Rapla_vallavalitsus, lk 28
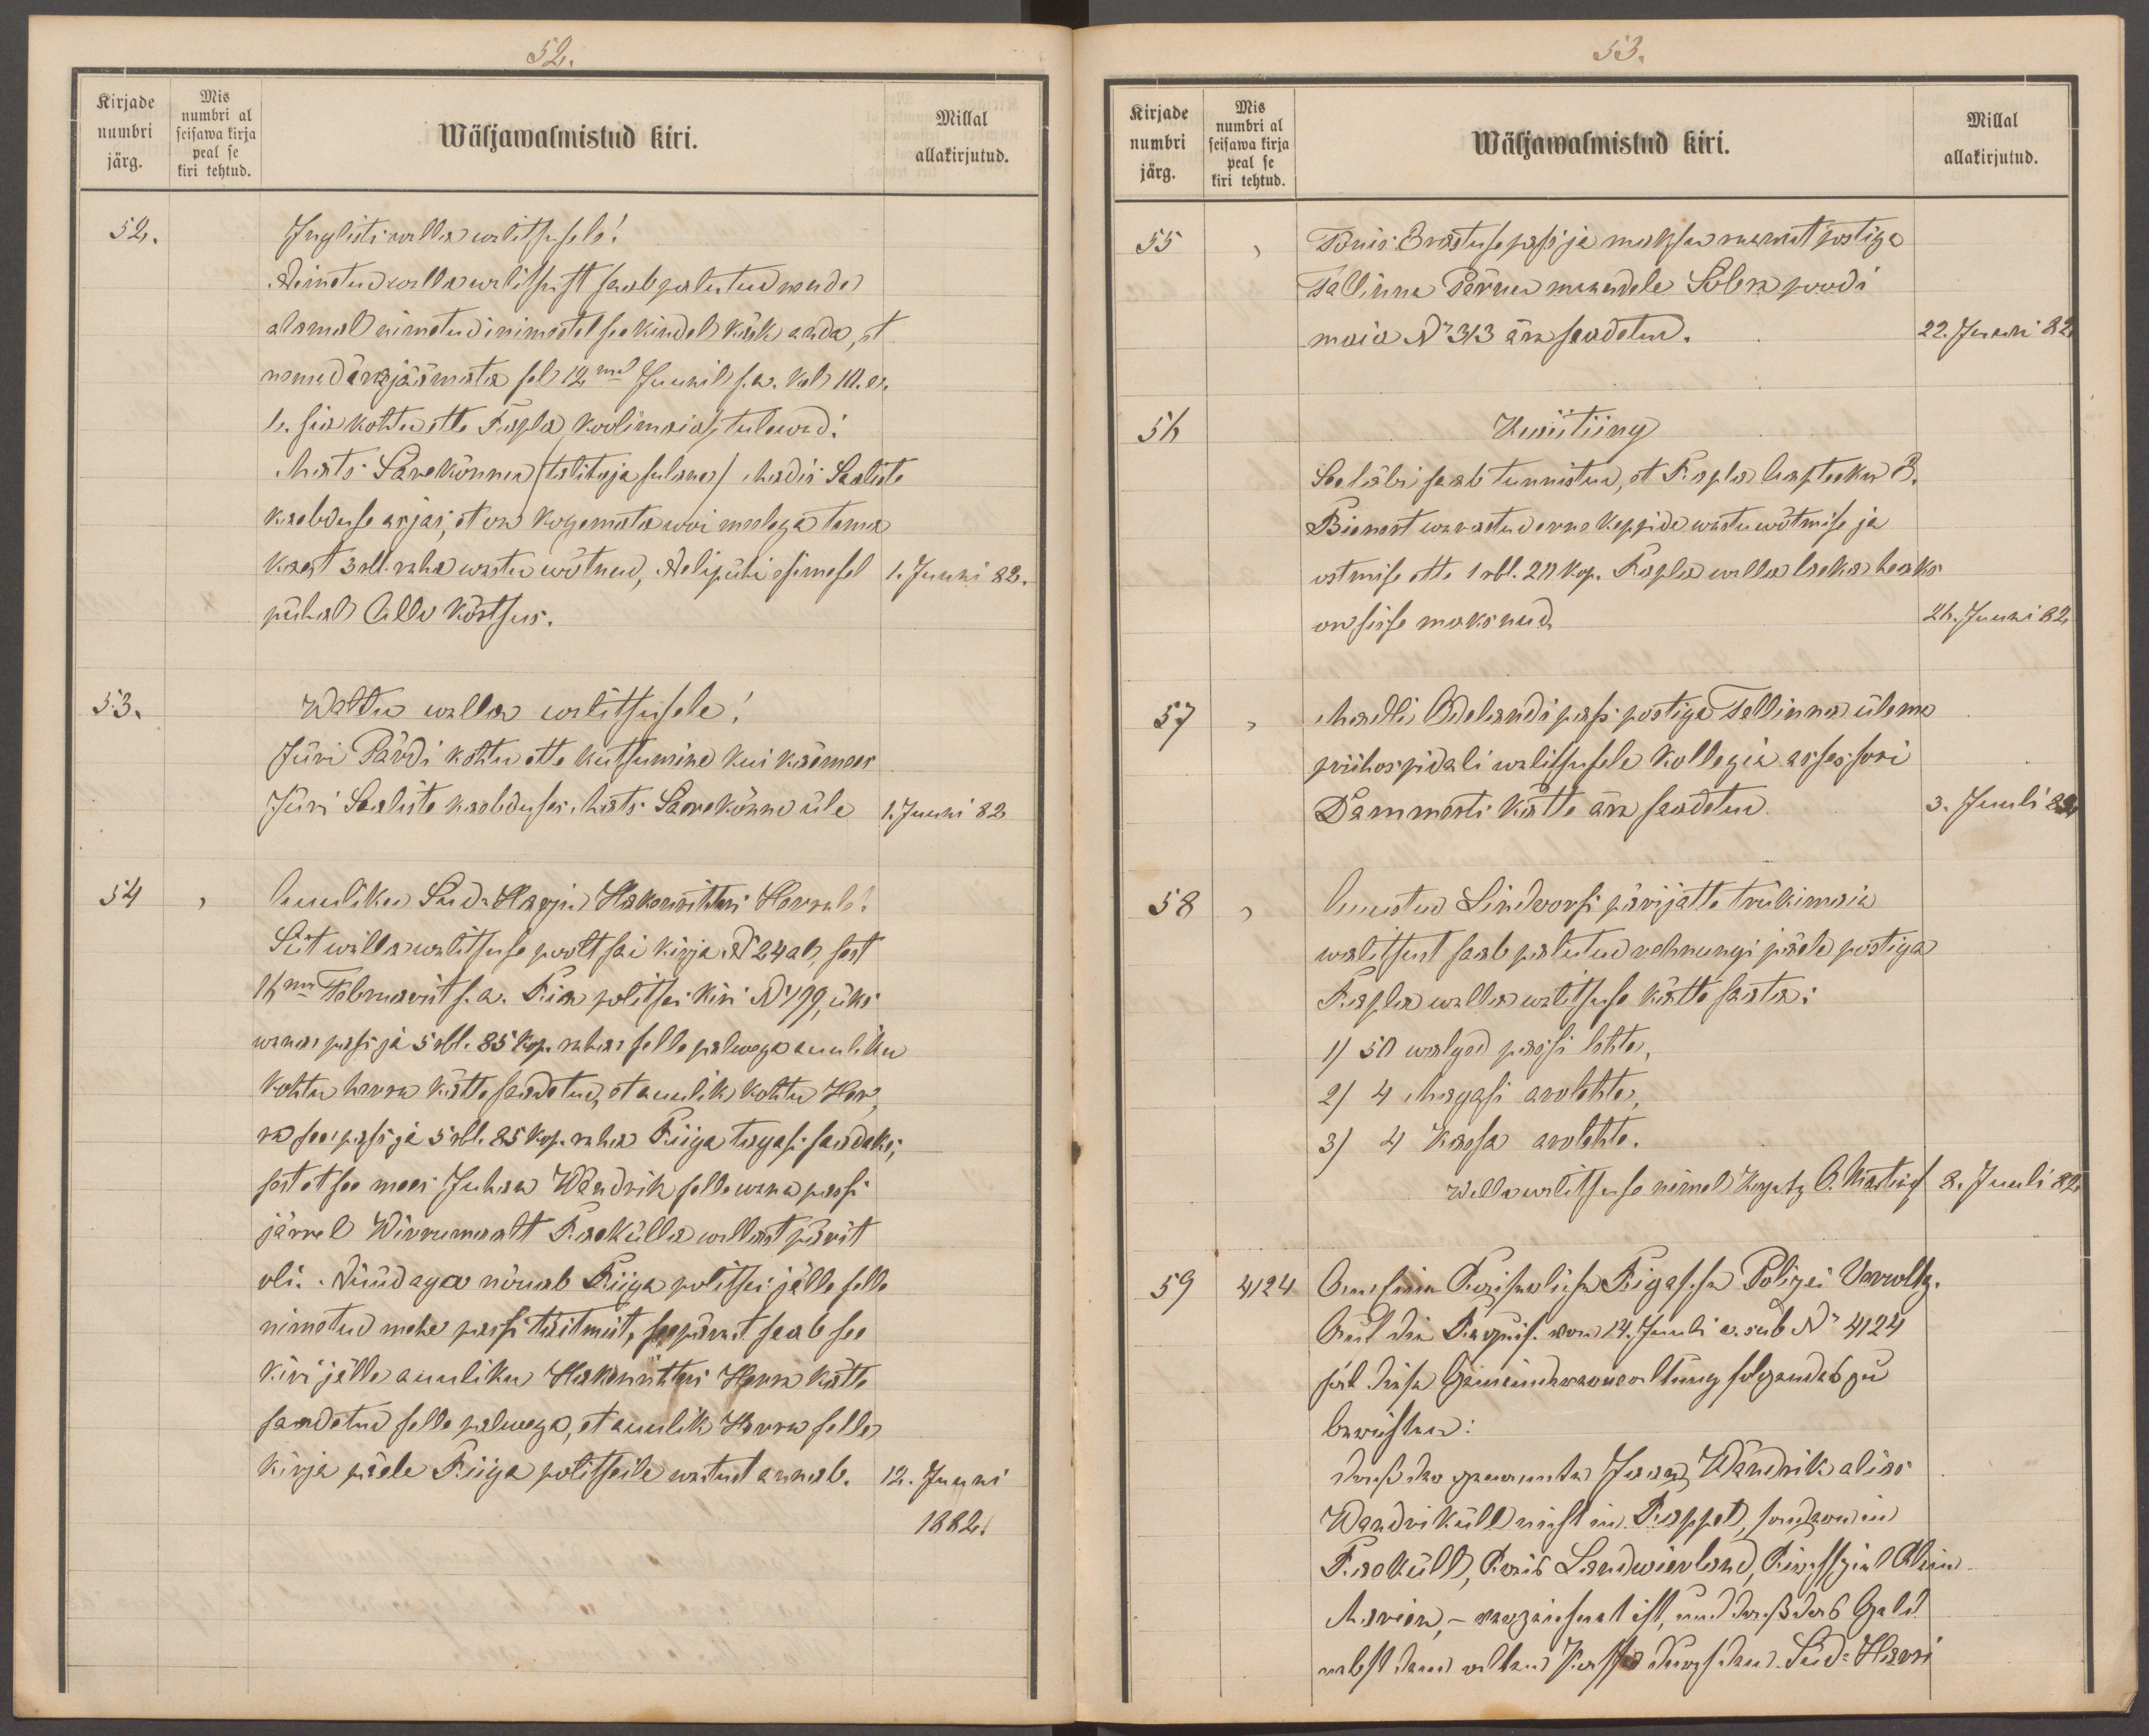
52.
Kirjade
Mis
numbri al
numbri
Wäljawalmistud kiri.
Millal
seisawa kirja
järg.
peal se
kiri tehtud
allakirjutud.
52.
Inglisti walla walitsusele!
Nimetud walla walitsust saab palutud nende
alamal nimetud inimestel see kindel käsk anda, et
nemad ärajäämata sel 12mal Juunil s.a. Kel 10. ei
l. sia kohtu ette Rapla koolimaias, tulewad.
Mats: Särekõnnu (talitaja sulane) Madis Saaliste
kaebduse asjas, et on kogemata woi meelega tema
kaest 3 rbl raha wastu wõtnud, Nelipühi esimesel
1. Juuni 82.
pühal Allo kõrtsus.
53.
Waltu walla walitsusele!
Jüri Pärdi kohtu ette kutsumine kui käemees
Jüri Saaliste kaebduses: Mats Saarekõnno üle
1. Juuni 82
54
Auuliku Süd-Harju Hakenrihteri Herrale!
Siit walla walitsuse poolt sai kirja No 24 al, sest
16ma Februarist s.a. Riia politsei kiri No 199, üks
wana pass ja 5 rbl. 85 kop. rahvi selle palwega auuliku
Kohtu herra kätte saadetud, et auulik kohtu Her-
ra see pass ja 5 rbl. 85 kop. raha Riiga tagasi saadaks;
sest et see mees Juhan Hendrik selle wana passi
järrel Wirrumaalt Raekülla wallast pärit
oli. Nüüd aga nõuab Riiga politsei jälle selle
nimetud mehe passi täitmist, seepärast saab see
kiri jälle auuliku Hakenrihteri Herra kätte
saadetud selle palvega, et auulik Herra selle
kirja päele Riiga politseile wastust annab.
12. Juuni
1882.

53.
Kirjade
Mis
numbri al
numbri
seisawa kirja
peal se
järg.
Wäljawalmistud kiri.
Millal
allakirjutud.
kiri tehtud
55
Tõnis Erastuse passi ja maksu raamat postiga
Tallinna Pärnu maandele Sõbra poodi
maia No 313 ära saadetud.
22. Juun 82
56
Kviitung
Seeläbi seab tunnistud, et Rapla Aapteeker E.
Bienert warastud erne keppide wastu wõtmise ja
ostmise ette 1 rbl. 20 kop. Rapla walla laeka heaks
on sisse maksnud
26. Juuni 82
57
Madli Odelandi pass postiga Tallinna ülema
priihospidali walitsusele Kollegia assessori
Dammerti kätte ära saadetud.
3. Juuli 82
58
Auustud Lindworsi pärijatte trükimaia
walitsust saab palutud rehnungi päele postiga
Rapla wallawalitsuse kätte saata:
1) 50 walged passi lehte,
2) 4 Magasi arvolehte,
3) 4 Kassa arvolehte.
Wallawalitsuse nimel Kirjutaja O. Martinoff
8. Juuli 82.
59
4124